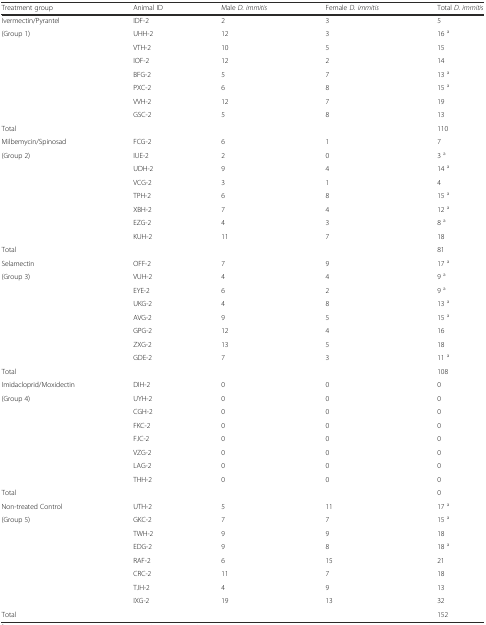
<table><thead><tr><td><b>Treatment group</b></td><td><b>Animal ID</b></td><td><b>Male <i>D. immitis</i></b></td><td><b>Female <i>D. immitis</i></b></td><td><b>Total <i>D. immitis</i></b></td></tr></thead><tbody><tr><td>Ivermectin/Pyrantel</td><td>IDF-2</td><td>2</td><td>3</td><td>5</td></tr><tr><td>(Group 1)</td><td>UHH-2</td><td>12</td><td>3</td><td>16 <sup>a</sup></td></tr><tr><td></td><td>VTH-2</td><td>10</td><td>5</td><td>15</td></tr><tr><td></td><td>IOF-2</td><td>12</td><td>2</td><td>14</td></tr><tr><td></td><td>BFG-2</td><td>5</td><td>7</td><td>13 <sup>a</sup></td></tr><tr><td></td><td>PXC-2</td><td>6</td><td>8</td><td>15 <sup>a</sup></td></tr><tr><td></td><td>VVH-2</td><td>12</td><td>7</td><td>19</td></tr><tr><td></td><td>GSC-2</td><td>5</td><td>8</td><td>13</td></tr><tr><td>Total</td><td></td><td></td><td></td><td>110</td></tr><tr><td>Milbemycin/Spinosad</td><td>FCG-2</td><td>6</td><td>1</td><td>7</td></tr><tr><td>(Group 2)</td><td>IUE-2</td><td>2</td><td>0</td><td>3 <sup>a</sup></td></tr><tr><td></td><td>UDH-2</td><td>9</td><td>4</td><td>14 <sup>a</sup></td></tr><tr><td></td><td>VCG-2</td><td>3</td><td>1</td><td>4</td></tr><tr><td></td><td>TPH-2</td><td>6</td><td>8</td><td>15 <sup>a</sup></td></tr><tr><td></td><td>XBH-2</td><td>7</td><td>4</td><td>12 <sup>a</sup></td></tr><tr><td></td><td>EZG-2</td><td>4</td><td>3</td><td>8 <sup>a</sup></td></tr><tr><td></td><td>KUH-2</td><td>11</td><td>7</td><td>18</td></tr><tr><td>Total</td><td></td><td></td><td></td><td>81</td></tr><tr><td>Selamectin</td><td>OFF-2</td><td>7</td><td>9</td><td>17 <sup>a</sup></td></tr><tr><td>(Group 3)</td><td>VUH-2</td><td>4</td><td>4</td><td>9 <sup>a</sup></td></tr><tr><td></td><td>EYE-2</td><td>6</td><td>2</td><td>9 <sup>a</sup></td></tr><tr><td></td><td>UKG-2</td><td>4</td><td>8</td><td>13 <sup>a</sup></td></tr><tr><td></td><td>AVG-2</td><td>9</td><td>5</td><td>15 <sup>a</sup></td></tr><tr><td></td><td>GPG-2</td><td>12</td><td>4</td><td>16</td></tr><tr><td></td><td>ZXG-2</td><td>13</td><td>5</td><td>18</td></tr><tr><td></td><td>GDE-2</td><td>7</td><td>3</td><td>11 <sup>a</sup></td></tr><tr><td>Total</td><td></td><td></td><td></td><td>108</td></tr><tr><td>Imidacloprid/Moxidectin</td><td>DIH-2</td><td>0</td><td>0</td><td>0</td></tr><tr><td>(Group 4)</td><td>UYH-2</td><td>0</td><td>0</td><td>0</td></tr><tr><td></td><td>CGH-2</td><td>0</td><td>0</td><td>0</td></tr><tr><td></td><td>FKC-2</td><td>0</td><td>0</td><td>0</td></tr><tr><td></td><td>FJC-2</td><td>0</td><td>0</td><td>0</td></tr><tr><td></td><td>VZG-2</td><td>0</td><td>0</td><td>0</td></tr><tr><td></td><td>LAG-2</td><td>0</td><td>0</td><td>0</td></tr><tr><td></td><td>THH-2</td><td>0</td><td>0</td><td>0</td></tr><tr><td>Total</td><td></td><td></td><td></td><td>0</td></tr><tr><td>Non-treated Control</td><td>UTH-2</td><td>5</td><td>11</td><td>17 <sup>a</sup></td></tr><tr><td>(Group 5)</td><td>GKC-2</td><td>7</td><td>7</td><td>15 <sup>a</sup></td></tr><tr><td></td><td>TWH-2</td><td>9</td><td>9</td><td>18</td></tr><tr><td></td><td>EDG-2</td><td>9</td><td>8</td><td>18 <sup>a</sup></td></tr><tr><td></td><td>RAF-2</td><td>6</td><td>15</td><td>21</td></tr><tr><td></td><td>CRC-2</td><td>11</td><td>7</td><td>18</td></tr><tr><td></td><td>TJH-2</td><td>4</td><td>9</td><td>13</td></tr><tr><td></td><td>IXG-2</td><td>19</td><td>13</td><td>32</td></tr><tr><td>Total</td><td></td><td></td><td></td><td>152</td></tr></tbody></table>